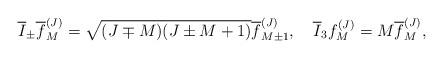
LaTeX: \begin{align*}\overline I_\pm \overline f_M^{(J)}=\sqrt {(J\mp M)(J\pm M+1)} \overline f_{M\pm 1}^{(J)}, \quad\overline I_3 f_M^{(J)} =M\overline f_M^{(J)},\end{align*}